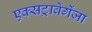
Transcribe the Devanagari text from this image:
एक्सट्रावेगेंजा